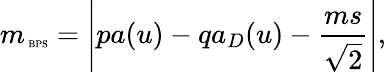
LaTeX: m_{\mathrm{{\tiny~BPS}}}=\left|pa(u)-qa_{D}(u)-\frac{ms}{\sqrt{2}}\right|,